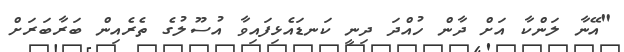
"އޭނާ ލަންކާ އަށް ދާން ހުއްދަ ދިނީ ކަނޑައެޅިފައިވާ އުސޫލުގެ ތެރެއިން ބަރާބަރަށް